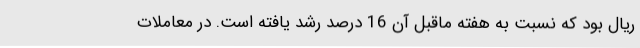
ریال بود که نسبت به هفته ماقبل آن 16 درصد رشد یافته است. در معاملات